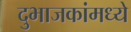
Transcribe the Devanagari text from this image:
दुभाजकांमध्ये